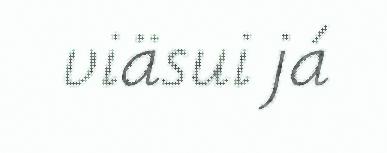
viäsui já